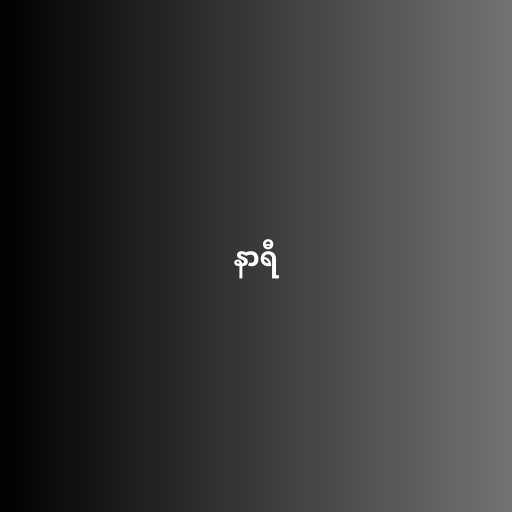
နာရီ